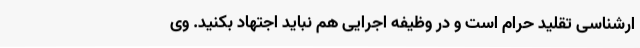
ارشناسی تقلید حرام است و در وظیفه اجرایی هم نباید اجتهاد بکنید. وی